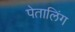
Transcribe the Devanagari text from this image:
पेतालिंग